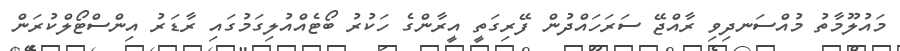
މައުލޫމާތު މުއްސަނދިވި ރާއްޖޭ ސަރަހައްދުން ފޭރިގަތީ އީރާންގެ ހަކުރު ބޯޓެއްއުލިގަމުގައި ރާޑަރު އިންސްޓޯލްކުރަން